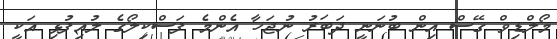
މޯލްޑިވް ގޭސް އިން ބުނަނީ ދަބަރު ނުޖަހާ އެންމެ ފަސްކިލޯގެ ލުއިފުޅި އަކީ